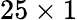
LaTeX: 25\times 1